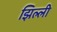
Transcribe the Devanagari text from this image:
झिल्‍ली